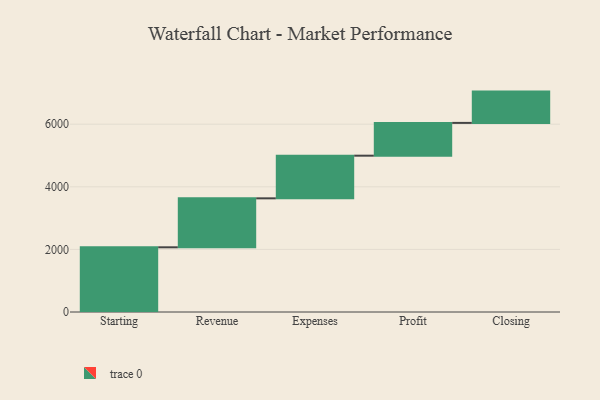
{"axis": {"x": "Step", "y": "Value"}, "legend": [""], "data": [{"x": "Starting", "y": 2067.0, "type": ""}, {"x": "Revenue", "y": 1564.0, "type": ""}, {"x": "Expenses", "y": 1363.0, "type": ""}, {"x": "Profit", "y": 1047.0, "type": ""}, {"x": "Closing", "y": 1000, "type": ""}]}